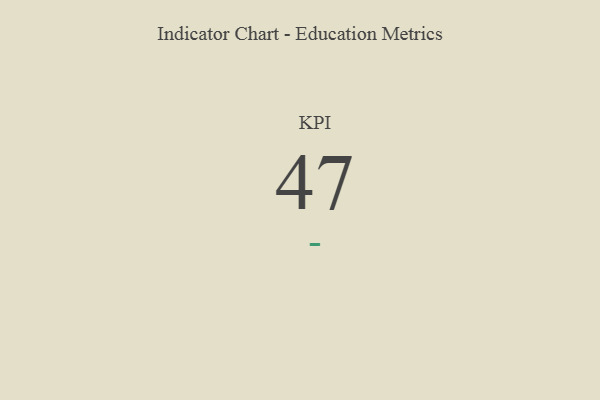
{"axis": {"x": "KPI", "y": "Value"}, "legend": [""], "data": [{"x": "KPI", "y": 47, "type": ""}]}